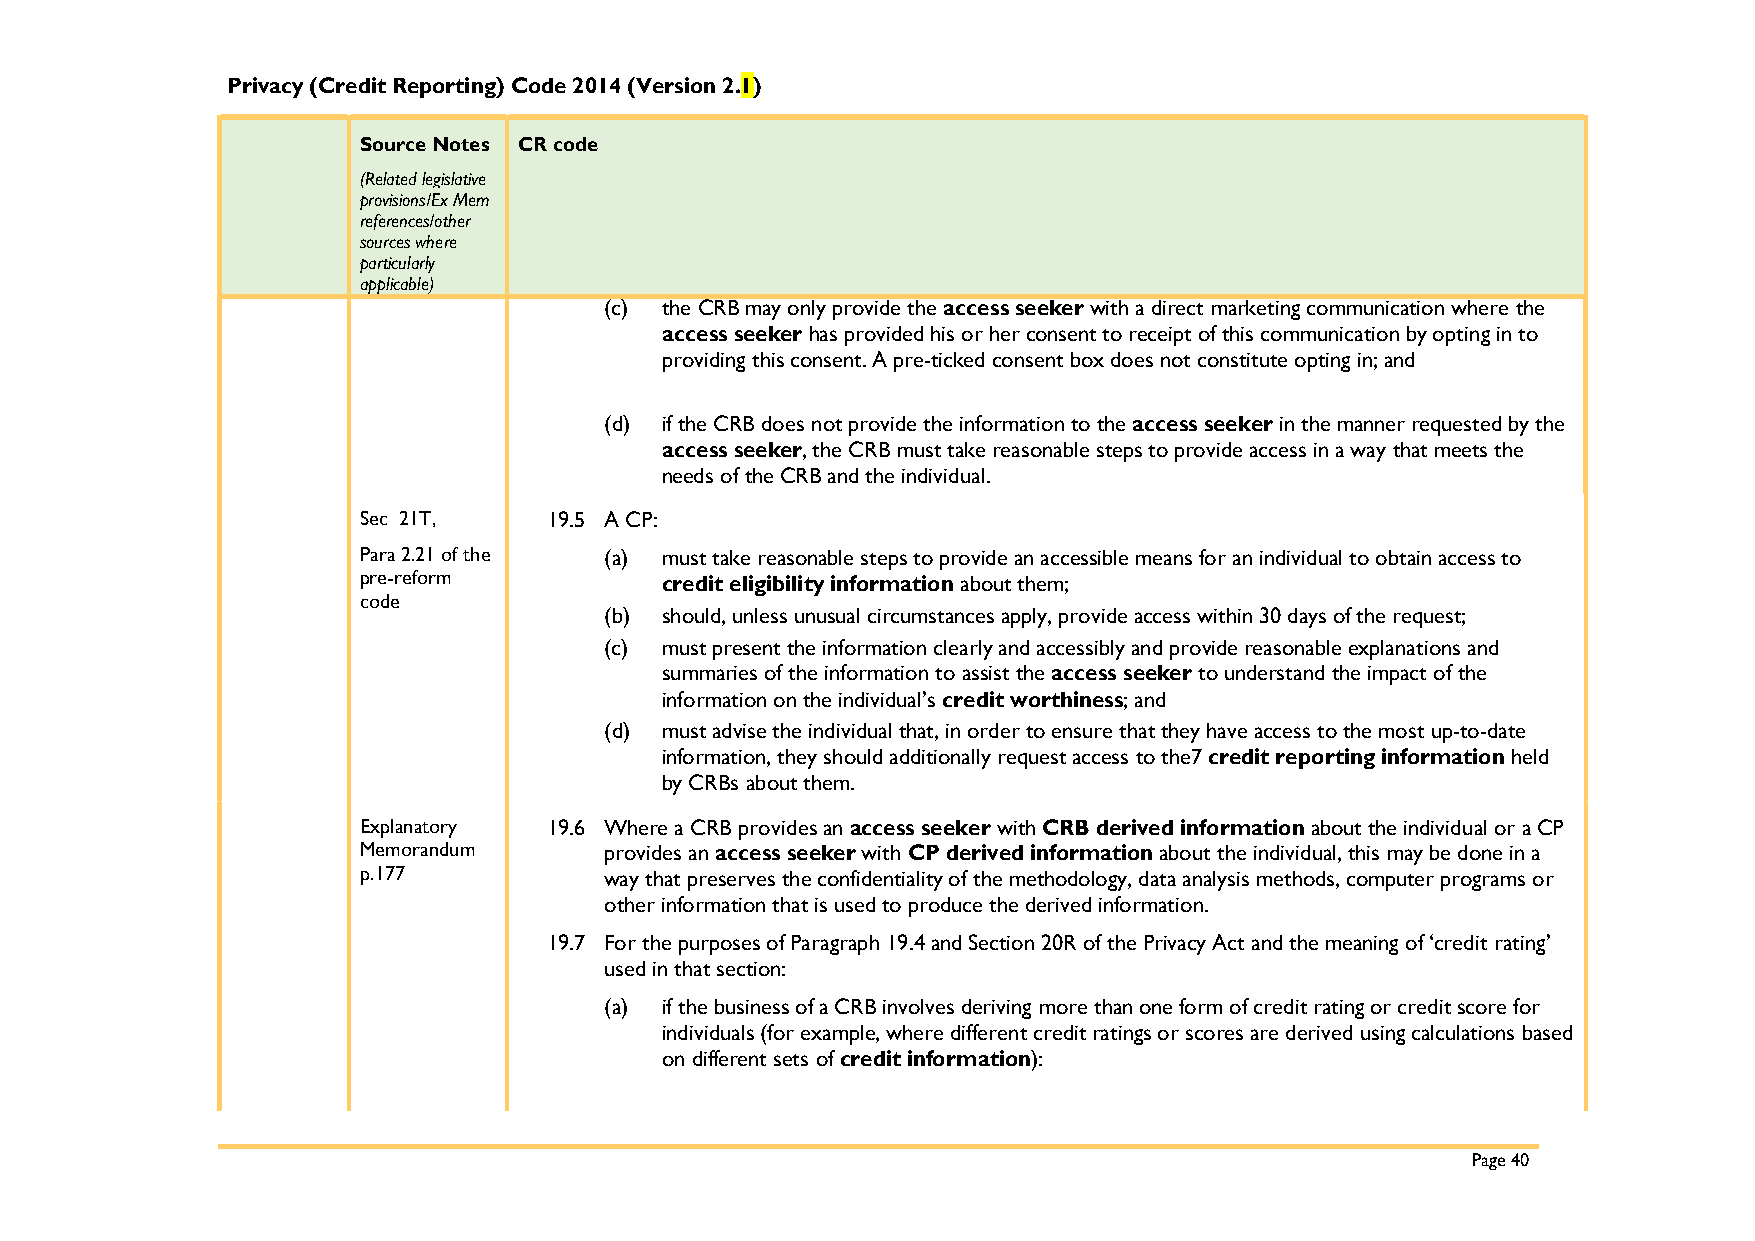
Privacy (Credit Reporting) Code 2014 (Version 2.1)
 Source Notes CR code
 (Related legislative
 provisions/Ex Mem
 references/other
 sources where
 particularly
 applicable)
 (c) the CRB may only provide the access seeker with a direct marketing communication where the
 access seeker has provided his or her consent to receipt of this communication by opting in to
 providing this consent. A pre-ticked consent box does not constitute opting in; and
 (d) if the CRB does not provide the information to the access seeker in the manner requested by the
 access seeker, the CRB must take reasonable steps to provide access in a way that meets the
 needs of the CRB and the individual.
 Sec 21T,    19.5 A CP:
 Para 2.21 of the (a) must take reasonable steps to provide an accessible means for an individual to obtain access to
 pre-reform          credit eligibility information about them;
 code
 (b) should, unless unusual circumstances apply, provide access within 30 days of the request;
 (c) must present the information clearly and accessibly and provide reasonable explanations and
 summaries of the information to assist the access seeker to understand the impact of the
 information on the individual’s credit worthiness; and
 (d) must advise the individual that, in order to ensure that they have access to the most up-to-date
 information, they should additionally request access to the7 credit reporting information held
 by CRBs about them.
 Explanatory 19.6 Where a CRB provides an access seeker with CRB derived information about the individual or a CP
 Memorandum      provides an access seeker with CP derived information about the individual, this may be done in a
 p.177           way that preserves the confidentiality of the methodology, data analysis methods, computer programs or
 other information that is used to produce the derived information.
 19.7 For the purposes of Paragraph 19.4 and Section 20R of the Privacy Act and the meaning of ‘credit rating’
 used in that section:
 (a) if the business of a CRB involves deriving more than one form of credit rating or credit score for
 individuals (for example, where different credit ratings or scores are derived using calculations based
 on different sets of credit information):
 Page 40